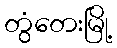
တွံတေးမြို့